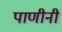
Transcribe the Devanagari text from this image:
पाणीनी